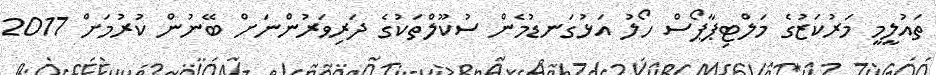
ތައުލީމީ މަރުކަޒުގެ މަލްޓިޕާޕޯސް ހޯލު އަޅުގަނޑުމެން ސުކޫލްތަކުގެ ދަރިވަރުންނަށް ބޭނުން ކުރުމަށް 2017